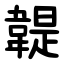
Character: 䪘